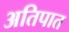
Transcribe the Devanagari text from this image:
अतिपात